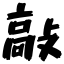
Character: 敲